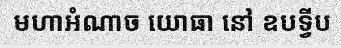
មហាអំណាច យោធា នៅ ឧបទ្វីប